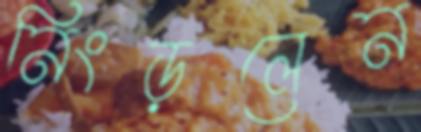
নিংড়লেন